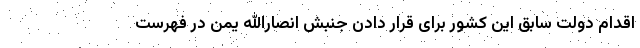
اقدام دولت سابق این کشور برای قرار دادن جنبش انصارالله یمن در فهرست